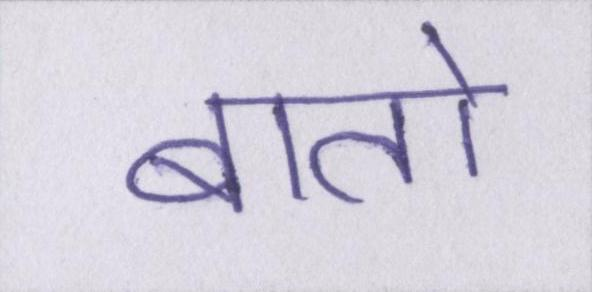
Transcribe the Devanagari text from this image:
बातो